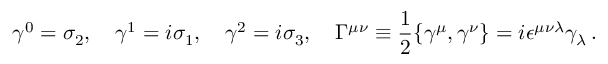
\gamma ^ { 0 } = \sigma _ { 2 } , \quad \gamma ^ { 1 } = i \sigma _ { 1 } , \quad \gamma ^ { 2 } = i \sigma _ { 3 } , \quad \Gamma ^ { \mu \nu } \equiv \frac { 1 } { 2 } \{ \gamma ^ { \mu } , \gamma ^ { \nu } \} = i \epsilon ^ { \mu \nu \lambda } \gamma _ { \lambda } \, .